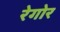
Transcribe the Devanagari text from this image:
रेगोर